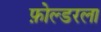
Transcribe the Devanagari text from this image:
फ़ोल्डरला